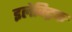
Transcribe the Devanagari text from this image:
इलेक्‍ट्रिक